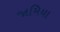
જામિયા